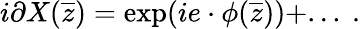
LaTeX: i\partial X({\overline{{z}}})=\exp(ie\cdot\phi({\overline{{z}}}))+...~.